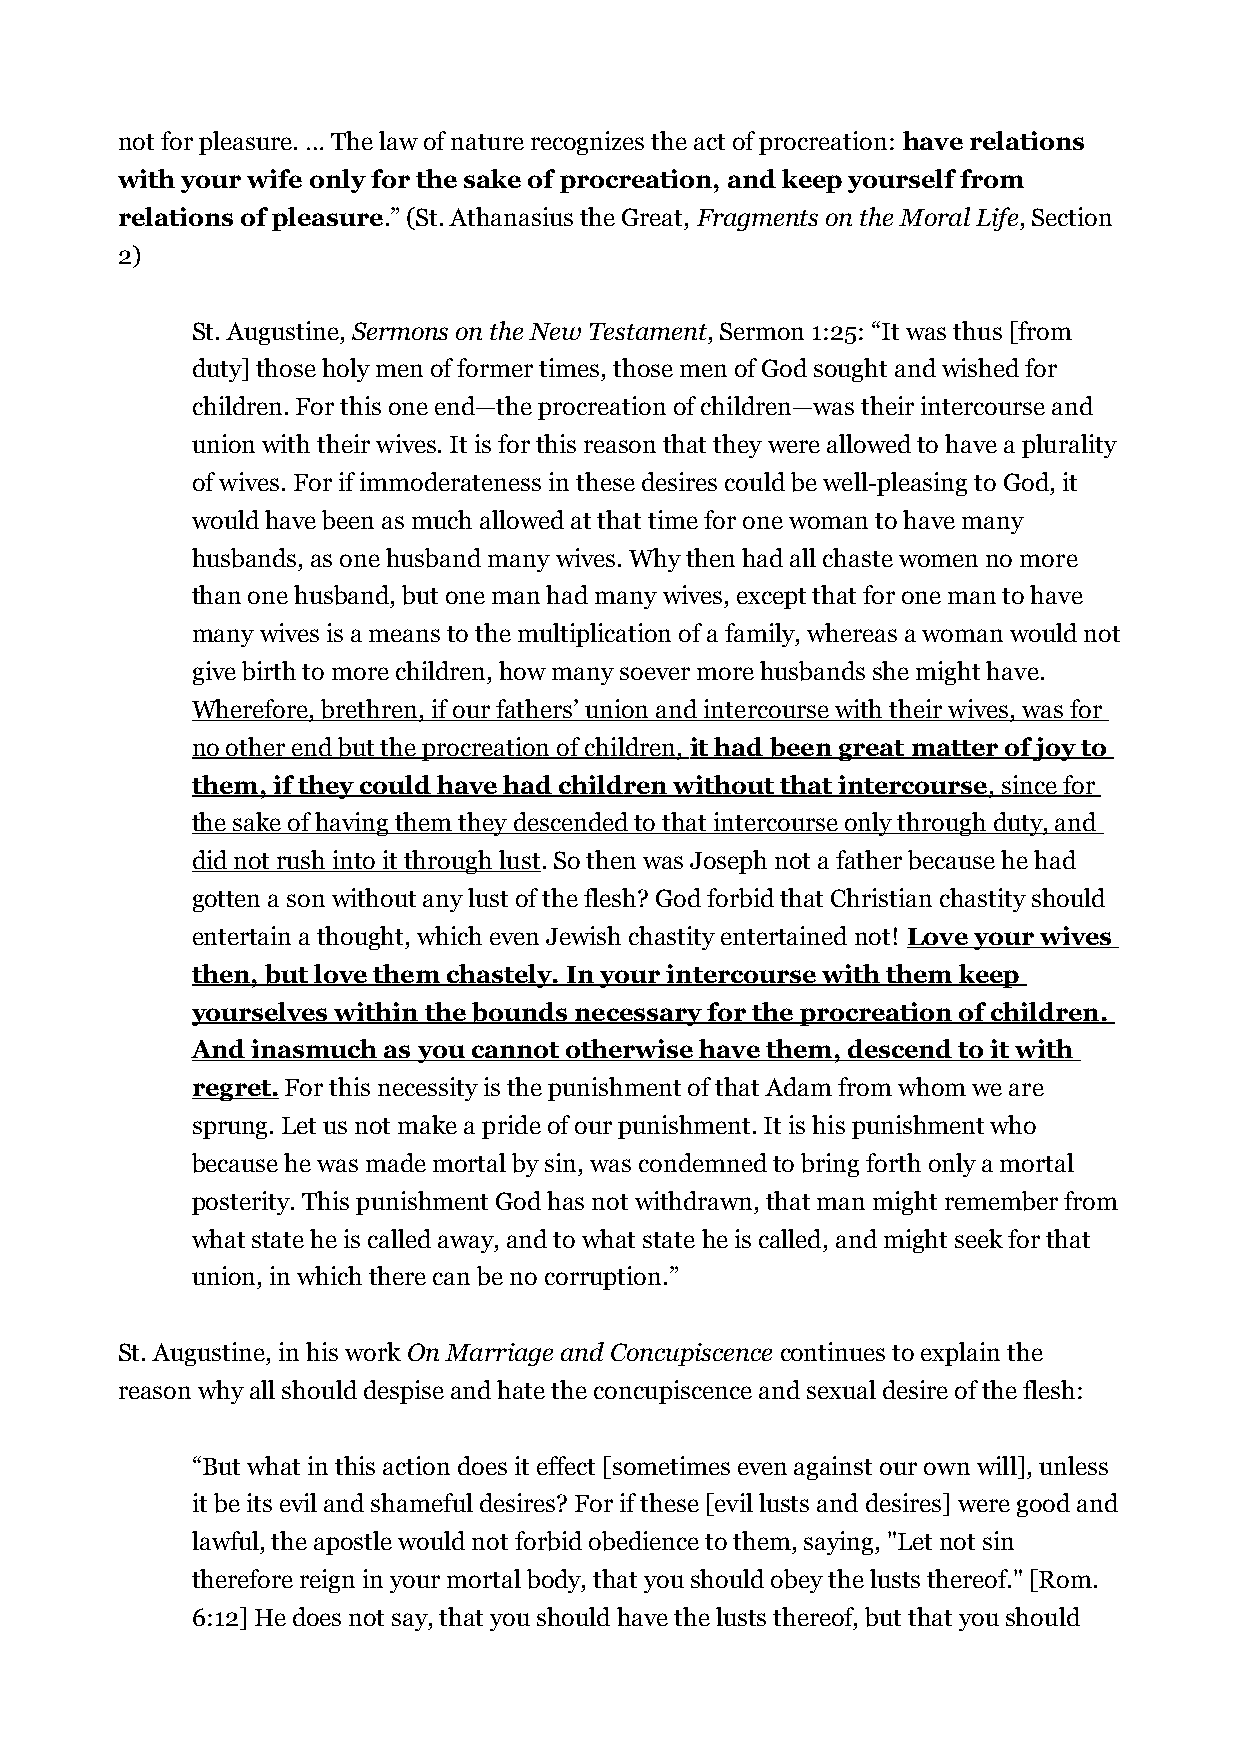
not for pleasure. … The law of nature recognizes the act of procreation: have relations
 with your wife only for the sake of procreation, and keep yourself from
 relations of pleasure.” (St. Athanasius the Great, Fragments on the Moral Life, Section
 2)
 St. Augustine, Sermons on the New Testament, Sermon 1:25: “It was thus [from
 duty] those holy men of former times, those men of God sought and wished for
 children. For this one end—the procreation of children—was their intercourse and
 union with their wives. It is for this reason that they were allowed to have a plurality
 of wives. For if immoderateness in these desires could be well-pleasing to God, it
 would have been as much allowed at that time for one woman to have many
 husbands, as one husband many wives. Why then had all chaste women no more
 than one husband, but one man had many wives, except that for one man to have
 many wives is a means to the multiplication of a family, whereas a woman would not
 give birth to more children, how many soever more husbands she might have.
 Wherefore, brethren, if our fathers’ union and intercourse with their wives, was for
 no other end but the procreation of children, it had been great matter of joy to
 them, if they could have had children without that intercourse , since for
 the sake of having them they descended to that intercourse only through duty, and
 did not rush into it through lust. So then was Joseph not a father because he had
 gotten a son without any lust of the flesh? God forbid that Christian chastity should
 entertain a thought, which even Jewish chastity entertained not! Love your wives
 then, but love them chastely. In your intercourse with them keep
 yourselves within the bounds necessary for the procreation of children.
 And inasmuch as you cannot otherwise have them, descend to it with
 regret. For this necessity is the punishment of that Adam from whom we are
 sprung. Let us not make a pride of our punishment. It is his punishment who
 because he was made mortal by sin, was condemned to bring forth only a mortal
 posterity. This punishment God has not withdrawn, that man might remember from
 what state he is called away, and to what state he is called, and might seek for that
 union, in which there can be no corruption.”
 St. Augustine, in his work On Marriage and Concupiscence continues to explain the
 reason why all should despise and hate the concupiscence and sexual desire of the flesh:
 “But what in this action does it effect [sometimes even against our own will], unless
 it be its evil and shameful desires? For if these [evil lusts and desires] were good and
 lawful, the apostle would not forbid obedience to them, saying, "Let not sin
 therefore reign in your mortal body, that you should obey the lusts thereof." [Rom.
 6:12] He does not say, that you should have the lusts thereof, but that you should